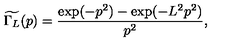
\widetilde { \Gamma _ { L } } ( p ) = \frac { \exp ( - p ^ { 2 } ) - \exp ( - L ^ { 2 } p ^ { 2 } ) } { p ^ { 2 } } ,